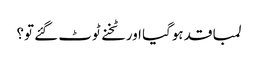
لمبا قد ہوگیا اور ٹخنے ٹوٹ گئے تو؟